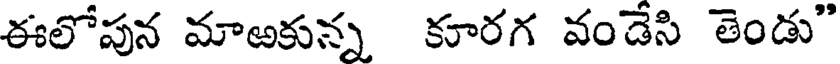
ఈలోపున మాఱకున్న కూరగ వండేసి తెండు"